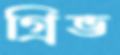
গ্রিভ